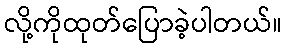
လို့ကိုထုတ်ပြောခဲ့ပါတယ်။